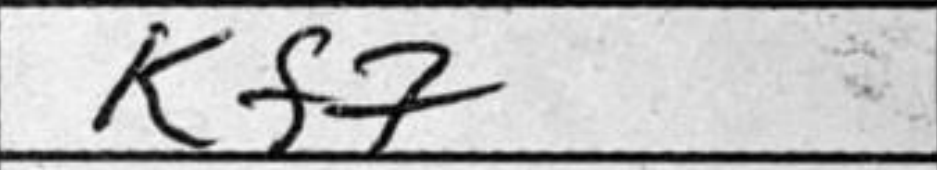
Transcription: Kf7